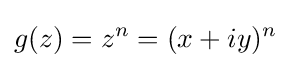
g(z)=z^{n}=(x+iy)^{n}